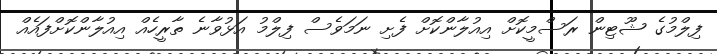
ފިލްމުގެ ޝޫޓިން ރަސްމީކޮށް އިއުލާންކޮށް ފެށި ނަމަވެސް ފިލްމު އަޅުވާނެ ތާރީހެއް އިއުލާންކޮށްފައެއް